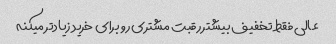
عالی فقط تخفیف بیشتر رقبت مشتری رو برای خرید زیاد‌تر میکنه